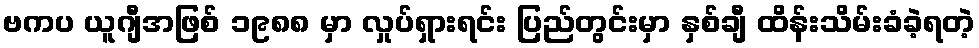
ဗကပ ယူဂျီအဖြစ် ၁၉၈၈ မှာ လှုပ်ရှားရင်း ပြည်တွင်းမှာ နှစ်ချီ ထိန်းသိမ်းခံခဲ့ရတဲ့